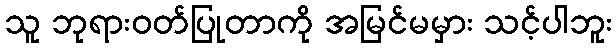
သူ ဘုရားဝတ်ပြုတာကို အမြင်မမှား သင့်ပါဘူး